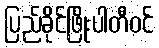
ပြည်ခိုင်ဖြိုးပါတီဝင်